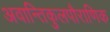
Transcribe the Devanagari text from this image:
अवान्तिकुलपौराणिक